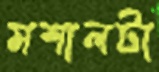
মশালটা